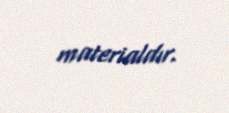
materialdır.